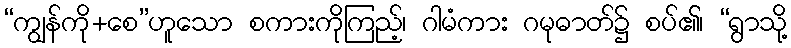
“ကျွန်ကို+စေ”ဟူသော စကားကိုကြည့်၊ ဂါမံကား ဂမုဓာတ်၌ စပ်၏၊ “ရွာသို့